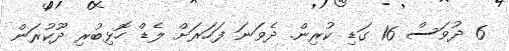
6 ދުވަސް 16 ގަޑި ކުރިން. ދެވަނަ ފަހަރަށް ލެޑް ހޮޅިބުރި ދޫކުރަން